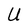
Character: U